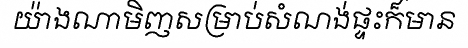
យ៉ាងណាមិញសម្រាប់សំណង់ផ្ទះក៏មាន